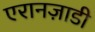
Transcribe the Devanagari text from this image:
एरानज़ाडी